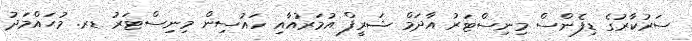
ސަރުކާރުގެ ޑިފެންސް މިނިސްޓަރު އާދަމް ޝަރީފް އުމަރުއާއި ހައުސިން މިނިސްޓަރު ޑރ. މުޙައްމަދު